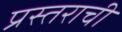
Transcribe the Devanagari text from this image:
प्रस्तराची